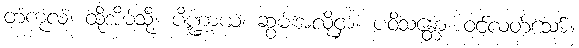
တံကုလံ၊ ထိုအိမ်သို့။ ပိဏ္ဍာယ၊ ဆွမ်းအလိုငှာ။ ပဝိသန္တော၊ ဝင်လတ်သော်။